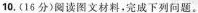
10.(16分)阅读图文材料，完成下列问题。